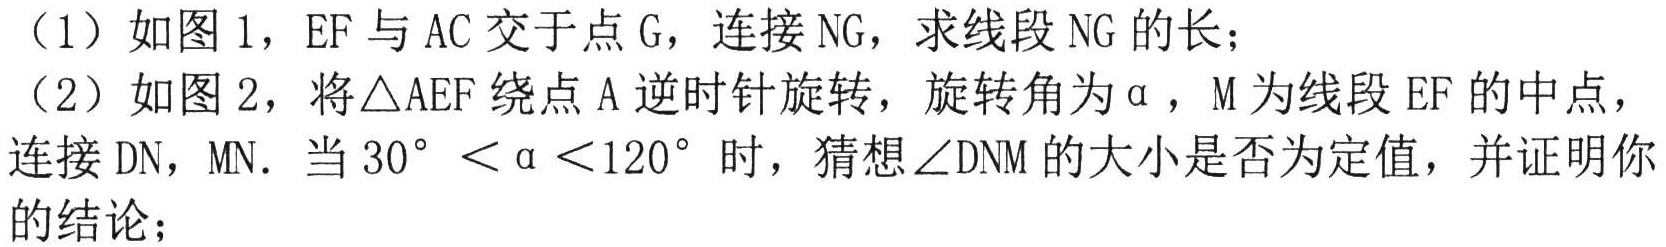
（1）如图1，\(EF\)与\(AC\)交于点\(G\)，连接\(NG\)，求线段\(NG\)的长；
（2）如图2，将\(\triangle AEF\)绕点\(A\)逆时针旋转，旋转角为\(\alpha\)，\(M\)为线段\(EF\)的中点，
连接\(DN\)，\(MN\)．当\(30^{\circ}<\alpha<120^{\circ}\)时，猜想\(\angle DNM\)的大小是否为定值，并证明你的结论；